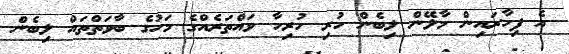
އެ ފިހާރައިން މާލޭން ލިބެން ހުރި ހުރިހާ ވައްތަރެއްގެ މަހުގެ ބާވަތްތައް ލިބެން